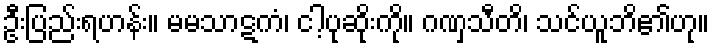
ဦးပြည်းရဟန်း။ မမသာဋကံ၊ ငါ့ပုဆိုးကို။ ဂဏှသီတိ၊ သင်ယူဘိ၏ဟု။